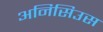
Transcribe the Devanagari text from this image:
अनिसिउस